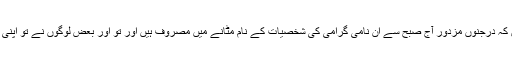
جگر خون، زخمی دل، دلسوز، ارمانی، خاکسار، ملنسار اور ایسے القابات و تخلصات جابجا کھینچے ہیں کہ درجنوں مزدور آج صبح سے ان نامی گرامی کی شخصیات کے نام مٹانے میں مصروف ہیں اور تو اور بعض لوگوں نے تو اپنی پشاوری چپل اور سروس شور کے سٹینڈرڈ کو ظاہر کرنے کے لئے قدموں کے نشان بھی چھوڑے ہیں۔